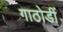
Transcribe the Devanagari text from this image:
गाठोडीं